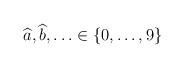
\begin{align*}\widehat{a},\widehat{b},\ldots \in \{0,\ldots ,9\}\end{align*}